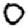
Digit: 0